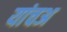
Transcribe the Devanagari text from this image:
यांचअ